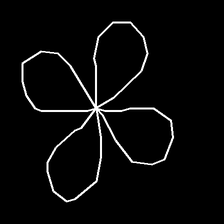
Glyph: billowing